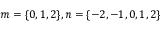
m = \{ 0 , 1 , 2 \} , n = \{ - 2 , - 1 , 0 , 1 , 2 \}